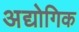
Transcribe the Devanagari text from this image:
अद्योगिक